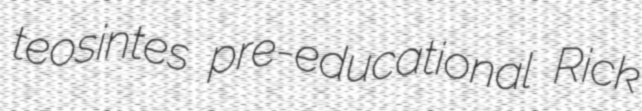
teosintes pre-educational Rick